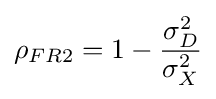
{\rho }_{FR2}=1-{\frac {{\sigma }_{D}^{2}}{{\sigma }_{X}^{2}}}